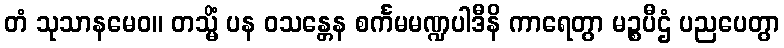
တံ သုသာနမေဝ။ တသ္မိံ ပန ဝသန္တေန စင်္ကမမဏ္ဍပါဒီနိ ကာရေတွာ မဉ္စပီဌံ ပညပေတွာ